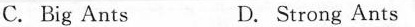
C. Big Ants D. Strong Ants